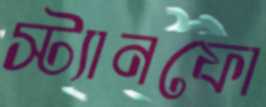
স্ট্যানফো